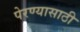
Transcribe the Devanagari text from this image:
पेरण्यासाठी